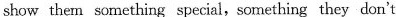
show them something special, something they don't